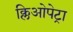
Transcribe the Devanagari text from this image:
क्लिओपेट्रा